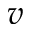
v